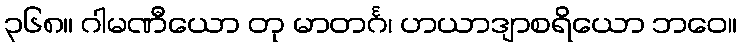
၃၆၈။ ဂါမဏီယော တု မာတင်္ဂ၊ ဟယာဒျာစရိယော ဘဝေ။